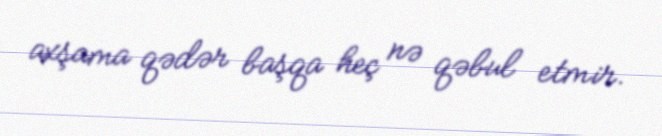
axşama qədər başqa heç nə qəbul etmir.